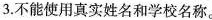
3.不能使用真实姓名和学校名称。